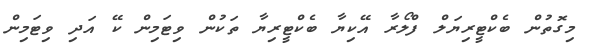
މިގޮތުން ބެކްޓީރިޔަލް ފްލޯރާ އޭކިޔާ ބެކްޓީރިޔާ ތަކުން ވިޓަމިން ކޭ އަދި ވިޓަމިން